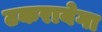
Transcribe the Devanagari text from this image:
टकरायेगा